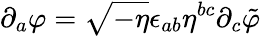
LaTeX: \partial_{a}\varphi=\sqrt{-\eta}\epsilon_{ab}\eta^{bc}\partial_{c}\tilde{\varphi}